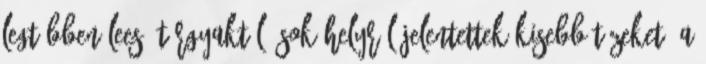
legtöbben leeső tárgyaktól. Sok helyről jelentettek kisebb tüzeket. A